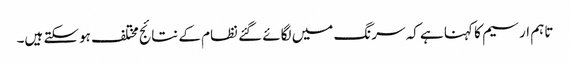
تاہم ارسیم کا کہنا ہے کہ سرنگ میں لگائے گئے نظام کے نتائج مختلف ہوسکتے ہیں۔